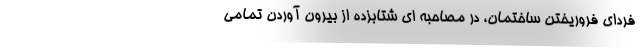
فردای فروریختن ساختمان، در مصاحبه ای شتابزده از بیرون آوردن تمامی